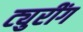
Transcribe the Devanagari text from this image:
ट्युरींग